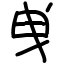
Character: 曵